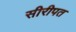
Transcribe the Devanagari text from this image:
सीरीपत